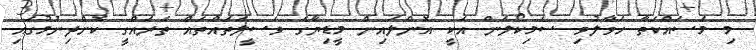
މި މަސައްކަތާ ހަވާލުވި ސެމިކޯލަން އަކީ އޮންލައިން މީޑިޔާގެ ވަސީލަތައްތައް ތަރައްގީ ކޮށްދިނުމުގައި